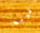
قرية